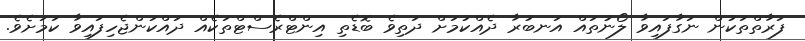
ފަރާތްތަކުން ނަގާފައިވާ ލޯނުތައް އަނބުރާ ދެއްކުމަށް ދަތިވެ ބޮޑެތި އިންޓްރެސްޓްތަކެއް ދައްކަންޖެހިފައިވާ ކަމަށެވެ.